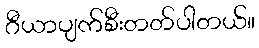
ဂီယာပျက်စီးတတ်ပါတယ်။